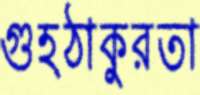
গুহঠাকুরতা